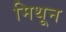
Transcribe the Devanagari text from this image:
मिथून